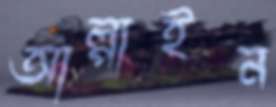
আল্পাইন